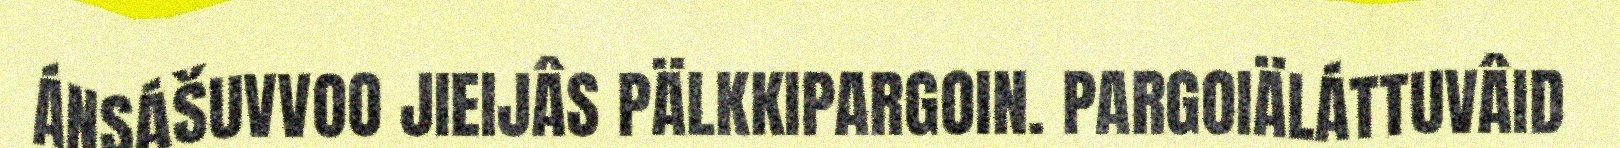
ÁNSÁŠUVVOO JIEIJÂS PÄLKKIPARGOIN. PARGOIÄLÁTTUVÂID